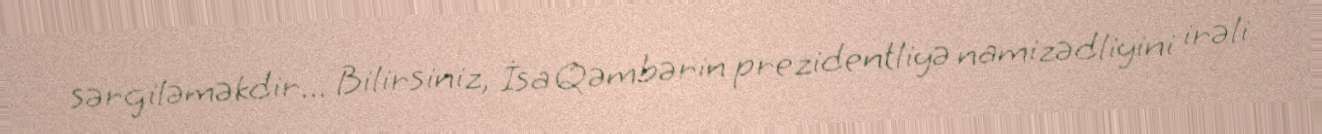
sərgiləməkdir... Bilirsiniz, İsa Qəmbərin prezidentliyə namizədliyini irəli